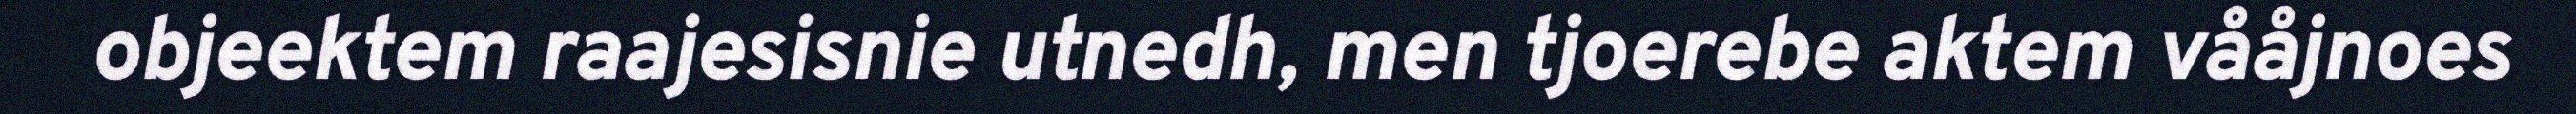
objeektem raajesisnie utnedh, men tjoerebe aktem vååjnoes